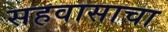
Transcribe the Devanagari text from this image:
सहवासाचा